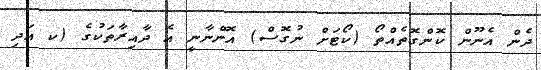
ދެން އެނޫން ކޮންގޮތެއްތޯ (ކޯޓަށް ނުގޮސް) އޮންނާނީ އެ ދާއިރާތަކުގެ (ކ އަދި